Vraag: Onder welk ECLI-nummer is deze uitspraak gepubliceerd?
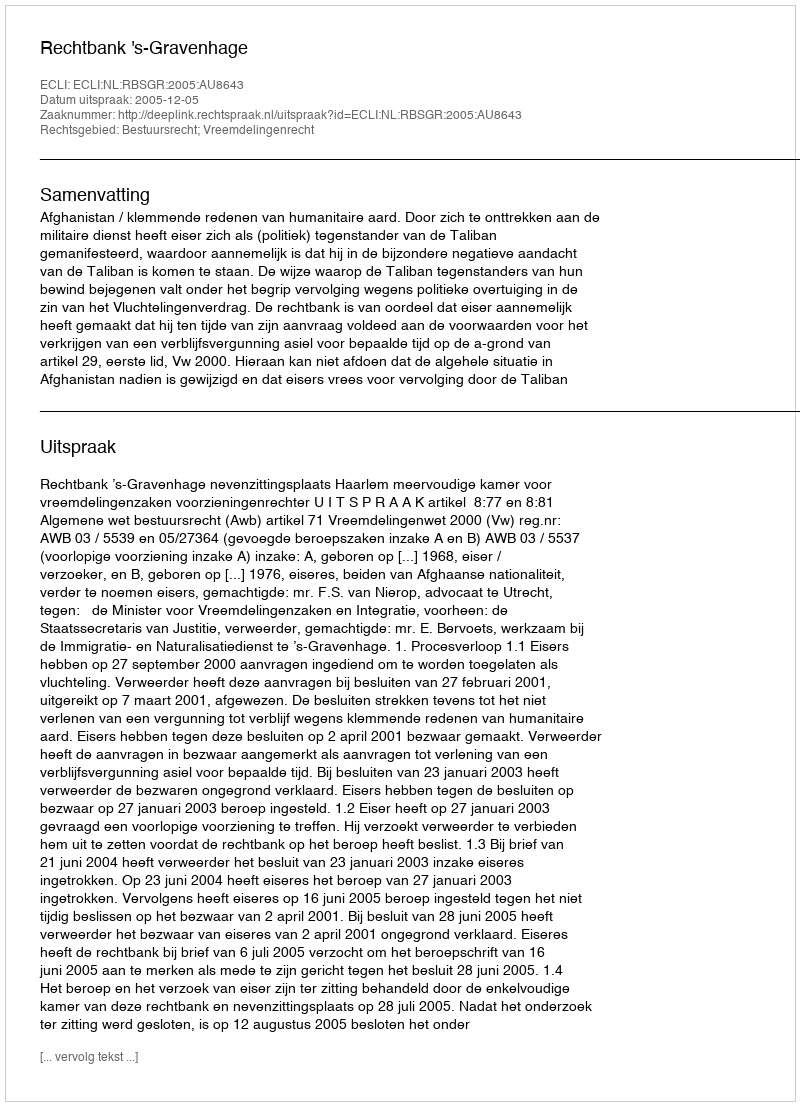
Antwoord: ECLI:NL:RBSGR:2005:AU8643